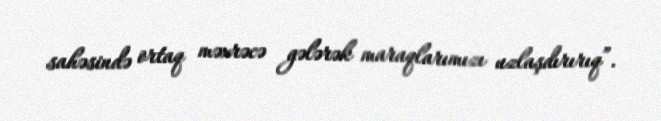
sahəsində ortaq məxrəcə gələrək maraqlarımızı uzlaşdırırıq”.